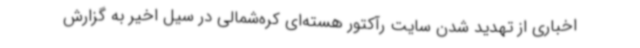
اخباری از تهدید شدن سایت رآکتور هسته‌ای کره‌شمالی در سیل اخیر به گزارش